Civil Veterinary Department. Madras. Admin. report 1926-33 - 1926-1933
Year: 1926
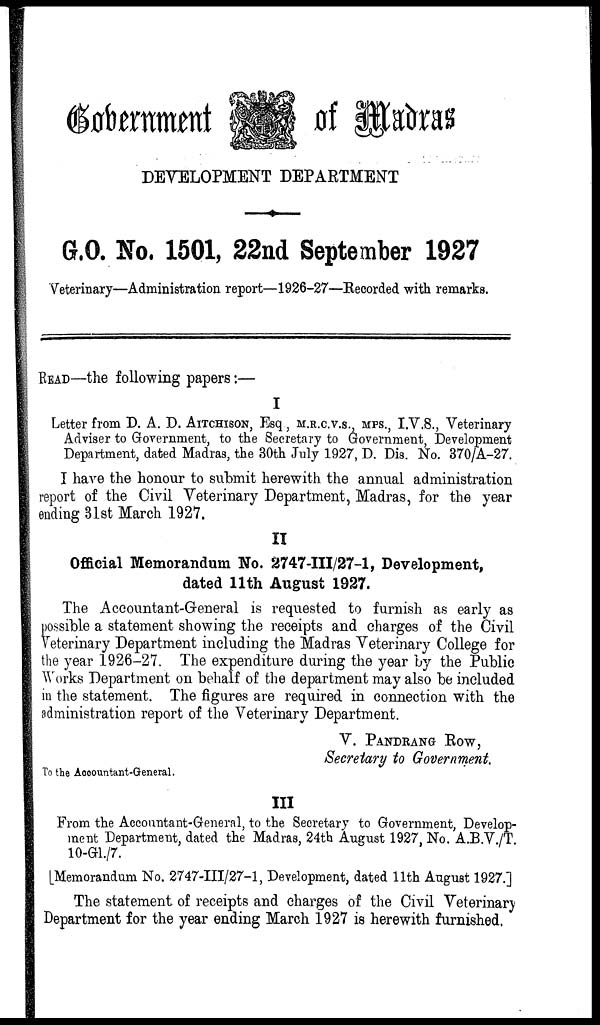
Government of Madras
G.O. No. 1501, 22nd September 1927
Veterinary—Administration report—1926-27—Recorded with remarks.
READ—the following papers :—
I
Letter from D. A. D. AITCHISON, Esq, M.R.C.V.S., MPS., I.V.S., Veterinary
Adviser to Government, to the Secretary to Government, Development
Department, dated Madras, the 30th July 1927, D. Dis. No. 370/A-27.
I have the honour to submit herewith the annual administration
report of the Civil Veterinary Department, Madras, for the year
ending 31st March 1927.
II
Official Memorandum Wo. 2747-III/27-1, Development,
dated 11th August 1927.
The Accountant-Greneral is requested to furnish as early as
possible a statement showing the receipts and charges of the Civil
veterinary Department including the Madras Veterinary College for
the year 1926-27. The expenditure during the year by the Public
Works Department on behalf of the department may also be included
in the statement. The figures are required in connection with the
administration report of the Veterinary Department.
V. PANDRANG ROW,
Secretary to Government,
To the Accountant-General.
III
From the Accountant-General, to the Secretary to Government, Develop-
ment Department, dated the Madras, 24th August 1927, No. A.B.V./T.
10-G1./7.
[Memorandum No. 2747-III/27-1, Development, dated 11th August 1927.]
The statement of receipts and charges of the Civil Veterinary
Department for the year ending March 1927 is herewith furnished.